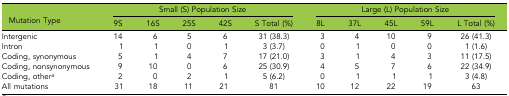
<table><thead><tr><td rowspan="2"><b>Mutation Type</b></td><td colspan="5"><b>Small (S) Population Size</b></td><td colspan="5"><b>Large (L) Population Size</b></td></tr><tr><td><b>9S</b></td><td><b>16S</b></td><td><b>25S</b></td><td><b>42S</b></td><td><b>S Total (%)</b></td><td><b>8L</b></td><td><b>37L</b></td><td><b>45L</b></td><td><b>59L</b></td><td><b>L Total (%)</b></td></tr></thead><tbody><tr><td>Intergenic</td><td>14</td><td>6</td><td>5</td><td>6</td><td>31 (38.3)</td><td>3</td><td>4</td><td>10</td><td>9</td><td>26 (41.3)</td></tr><tr><td>Intron</td><td>1</td><td>1</td><td>0</td><td>1</td><td>3 (3.7)</td><td>0</td><td>1</td><td>0</td><td>0</td><td>1 (1.6)</td></tr><tr><td>Coding, synonymous</td><td>5</td><td>1</td><td>4</td><td>7</td><td>17 (21.0)</td><td>3</td><td>1</td><td>4</td><td>3</td><td>11 (17.5)</td></tr><tr><td>Coding, nonsynonymous</td><td>9</td><td>10</td><td>0</td><td>6</td><td>25 (30.9)</td><td>4</td><td>5</td><td>7</td><td>6</td><td>22 (34.9)</td></tr><tr><td>Coding, other<i><sup>a</sup></i></td><td>2</td><td>0</td><td>2</td><td>1</td><td>5 (6.2)</td><td>0</td><td>1</td><td>1</td><td>1</td><td>3 (4.8)</td></tr><tr><td>All mutations</td><td>31</td><td>18</td><td>11</td><td>21</td><td>81</td><td>10</td><td>12</td><td>22</td><td>19</td><td>63</td></tr></tbody></table>